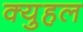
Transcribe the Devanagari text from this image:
क्युहल